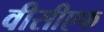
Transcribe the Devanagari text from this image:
वीसीएफ